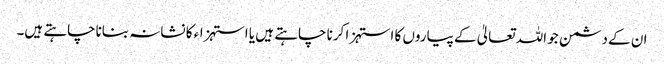
ان کے دشمن جو اللہ تعالیٰ کے پیاروں کا استہزا کرنا چاہتے ہیں یا استہزاء کا نشانہ بناناچاہتے ہیں۔